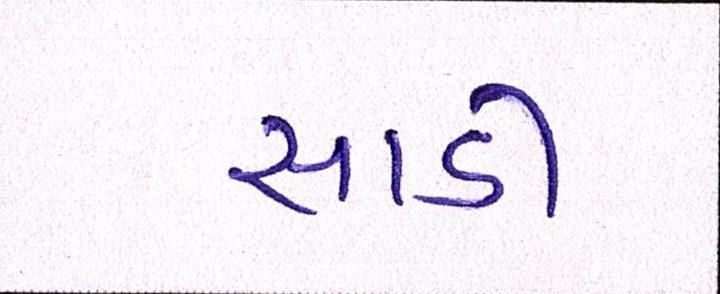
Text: સાડી